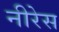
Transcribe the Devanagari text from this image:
नीरेस